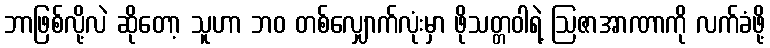
ဘာဖြစ်လို့လဲ ဆိုတော့ သူဟာ ဘဝ တစ်လျှောက်လုံးမှာ ဖိုသတ္တဝါရဲ့ ဩဇာအာဏာကို လက်ခံဖို့